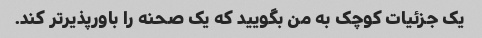
یک جزئیات کوچک به من بگویید که یک صحنه را باورپذیرتر کند.